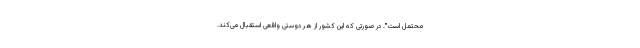
محتمل است". در صورتی که این کشور از هر دوستی واقعی استقبال می‌کند.